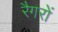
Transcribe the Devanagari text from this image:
रैगरों